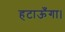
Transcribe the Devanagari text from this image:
हटाऊँगा।